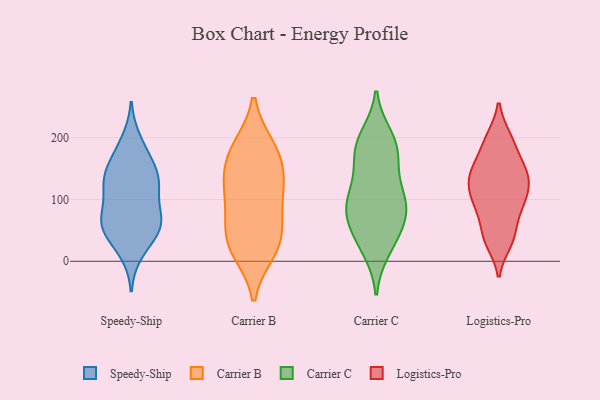
{"axis": {"x": "Churn Rate (%)", "y": "Value"}, "legend": ["Carrier B", "Carrier C", "Logistics-Pro", "Speedy-Ship"], "data": [{"x": "", "y": 13, "type": "Speedy-Ship"}, {"x": "", "y": 63, "type": "Speedy-Ship"}, {"x": "", "y": 118, "type": "Speedy-Ship"}, {"x": "", "y": 77, "type": "Speedy-Ship"}, {"x": "", "y": 136, "type": "Speedy-Ship"}, {"x": "", "y": 161, "type": "Speedy-Ship"}, {"x": "", "y": 59, "type": "Speedy-Ship"}, {"x": "", "y": 59, "type": "Speedy-Ship"}, {"x": "", "y": 196, "type": "Speedy-Ship"}, {"x": "", "y": 182, "type": "Speedy-Ship"}, {"x": "", "y": 139, "type": "Speedy-Ship"}, {"x": "", "y": 60, "type": "Speedy-Ship"}, {"x": "", "y": 54, "type": "Speedy-Ship"}, {"x": "", "y": 109, "type": "Speedy-Ship"}, {"x": "", "y": 60, "type": "Speedy-Ship"}, {"x": "", "y": 145, "type": "Speedy-Ship"}, {"x": "", "y": 28, "type": "Speedy-Ship"}, {"x": "", "y": 111, "type": "Speedy-Ship"}, {"x": "", "y": 136, "type": "Speedy-Ship"}, {"x": "", "y": 16, "type": "Carrier B"}, {"x": "", "y": 17, "type": "Carrier B"}, {"x": "", "y": 185, "type": "Carrier B"}, {"x": "", "y": 137, "type": "Carrier B"}, {"x": "", "y": 33, "type": "Carrier B"}, {"x": "", "y": 62, "type": "Carrier B"}, {"x": "", "y": 84, "type": "Carrier B"}, {"x": "", "y": 113, "type": "Carrier B"}, {"x": "", "y": 173, "type": "Carrier B"}, {"x": "", "y": 115, "type": "Carrier B"}, {"x": "", "y": 143, "type": "Carrier B"}, {"x": "", "y": 41, "type": "Carrier B"}, {"x": "", "y": 185, "type": "Carrier B"}, {"x": "", "y": 21, "type": "Carrier C"}, {"x": "", "y": 151, "type": "Carrier C"}, {"x": "", "y": 101, "type": "Carrier C"}, {"x": "", "y": 81, "type": "Carrier C"}, {"x": "", "y": 87, "type": "Carrier C"}, {"x": "", "y": 187, "type": "Carrier C"}, {"x": "", "y": 181, "type": "Carrier C"}, {"x": "", "y": 92, "type": "Carrier C"}, {"x": "", "y": 40, "type": "Carrier C"}, {"x": "", "y": 112, "type": "Carrier C"}, {"x": "", "y": 75, "type": "Carrier C"}, {"x": "", "y": 200, "type": "Carrier C"}, {"x": "", "y": 180, "type": "Carrier C"}, {"x": "", "y": 39, "type": "Carrier C"}, {"x": "", "y": 38, "type": "Logistics-Pro"}, {"x": "", "y": 133, "type": "Logistics-Pro"}, {"x": "", "y": 90, "type": "Logistics-Pro"}, {"x": "", "y": 153, "type": "Logistics-Pro"}, {"x": "", "y": 200, "type": "Logistics-Pro"}, {"x": "", "y": 156, "type": "Logistics-Pro"}, {"x": "", "y": 110, "type": "Logistics-Pro"}, {"x": "", "y": 184, "type": "Logistics-Pro"}, {"x": "", "y": 63, "type": "Logistics-Pro"}, {"x": "", "y": 31, "type": "Logistics-Pro"}, {"x": "", "y": 129, "type": "Logistics-Pro"}, {"x": "", "y": 36, "type": "Logistics-Pro"}, {"x": "", "y": 92, "type": "Logistics-Pro"}, {"x": "", "y": 91, "type": "Logistics-Pro"}, {"x": "", "y": 112, "type": "Logistics-Pro"}, {"x": "", "y": 137, "type": "Logistics-Pro"}, {"x": "", "y": 200, "type": "Logistics-Pro"}, {"x": "", "y": 145, "type": "Logistics-Pro"}]}